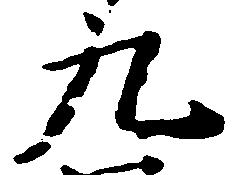
九